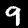
Digit: 9